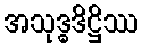
အသုဒ္ဓဒိဋ္ဌိဿ